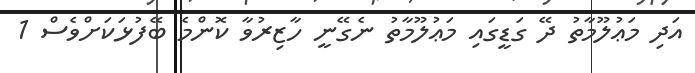
އަދި މަޢުލޫމާތު ދޭ ގަޑީގައި މަޢުލޫމާތު ނެގޭނީ ހާޒިރުވާ ކޮންމެ ބޭފުޅަކަށްވެސް 1